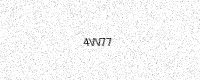
Text: 4VV77